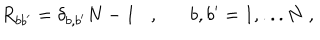
R _ { b b ^ { \prime } } = \delta _ { b , b ^ { \prime } } N - 1 , b , b ^ { \prime } = 1 , . . . N \; ,